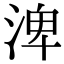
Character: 渒